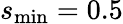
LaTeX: s_{\mathrm{min}}=0.5